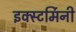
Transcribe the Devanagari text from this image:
इक्स्टर्मिनी